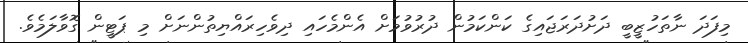
މިފަދަ ނާތަހުޒީބީ ދަށުދަރަޖައިގެ ކަންކަމުން ދުރުވުމަށް އެންމެހައި ދިވެހިރައްޔިތުންނަށް މި ޕަޓީން ގޮވާލަމެވެ.